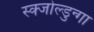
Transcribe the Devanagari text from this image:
स्क्जोल्डुन्गा